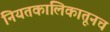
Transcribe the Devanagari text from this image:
नियतकालिकातूनच